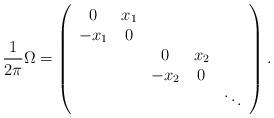
LaTeX: \begin{align*}\frac{1}{2\pi}\Omega=\left(\begin{array}{ccccc}0 & x_{1} & & & \\-x_{1} & 0 & & &\\ & & 0 & x_{2} & \\ & & -x_{2} & 0 & \\ & & & & \ddots\end{array}\right).\end{align*}